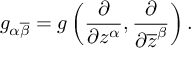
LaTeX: g _ { \alpha { \overline { { \beta } } } } = g \left( { \frac { \partial } { \partial z ^ { \alpha } } } , { \frac { \partial } { \partial { \overline { { z } } } ^ { \beta } } } \right) .